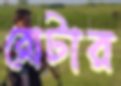
রোটার